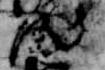
汰